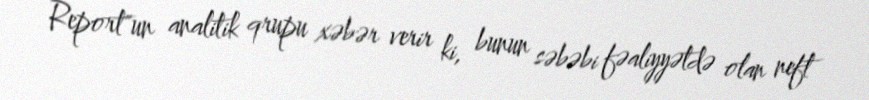
Report"un analitik qrupu xəbər verir ki, bunun səbəbi fəaliyyətdə olan neft